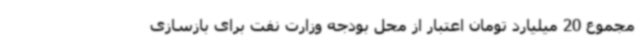
مجموع 20 میلیارد تومان اعتبار از محل بودجه وزارت نفت برای بازسازی